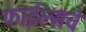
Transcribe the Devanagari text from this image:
फाईल्सचे